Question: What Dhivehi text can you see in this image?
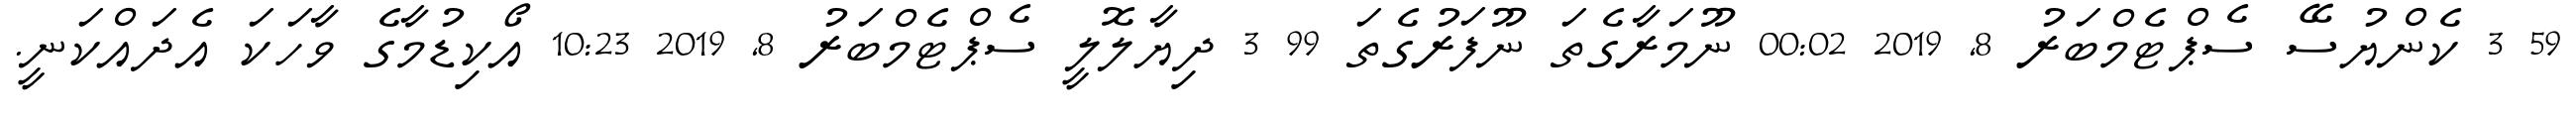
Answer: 59 3 ކެންޔުސޭ ސެޕްޓެމްބަރު 8, 2019 00:02 ނޫމަރާގެތަ ނޫފަރުގެތަ 99 3 ދިޔާލޮލީ ސެޕްޓެމްބަރު 8, 2019 10:23 އޯކިޑުމާގެ ވާހަކަ އެދައްކަނީ.